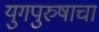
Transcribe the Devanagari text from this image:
युगपुरुषाचा